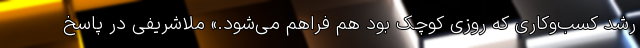
رشد کسب‌وکاری که روزی کوچک بود هم فراهم می‌شود.» ملاشریفی در پاسخ